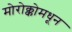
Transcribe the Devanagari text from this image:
मोरोक्कोमधून